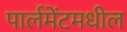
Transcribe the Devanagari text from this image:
पार्लमेंटमधील